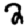
Digit: 2